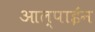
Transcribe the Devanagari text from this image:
आल्पाईन